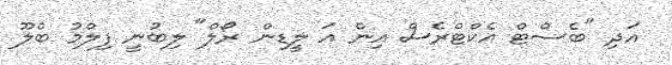
އަދި "ބެސްޓް އެކްޓްރެސް އިން އަ ލީޑިން ރޯލް" ލިބުނީ ފިލްމު ބްލޫ